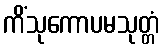
ကိံသုကောပမသုတ္တံ